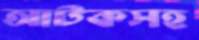
আটকসহ